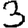
Digit: 3